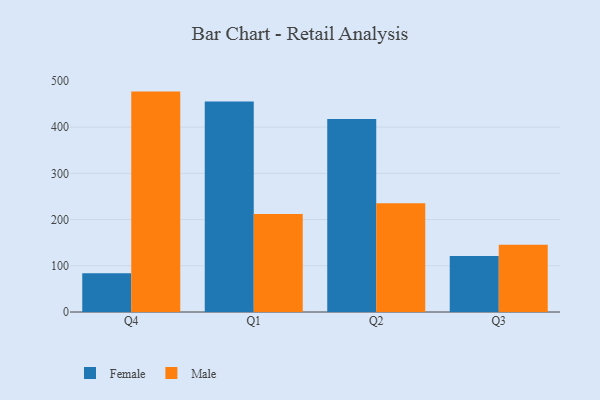
{"axis": {"x": "Quarter", "y": "Satisfaction Score"}, "legend": ["Female", "Male"], "data": [{"x": "Q4", "y": 83.6, "type": "Female"}, {"x": "Q4", "y": 476.8, "type": "Male"}, {"x": "Q1", "y": 455.6, "type": "Female"}, {"x": "Q1", "y": 211.8, "type": "Male"}, {"x": "Q2", "y": 417.3, "type": "Female"}, {"x": "Q2", "y": 235.4, "type": "Male"}, {"x": "Q3", "y": 121.4, "type": "Female"}, {"x": "Q3", "y": 145.6, "type": "Male"}]}